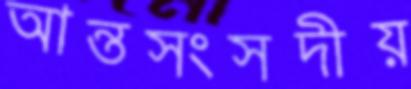
আন্তসংসদীয়